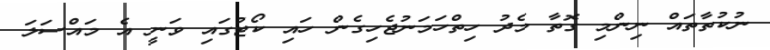
ނުކުތާތައް ނިންމި ގޮތާ މެދު ހިތްހަމަނުޖެހިގެން ހައި ކޯޓުގައި ވަނީ އެ މައްސަލަ